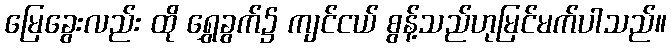
မြေခွေးလည်း ထို ရွှေခွက်၌ ကျင်ငယ် စွန့်သည်ဟုမြင်မက်ပါသည်။